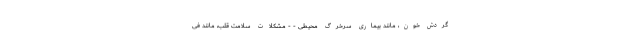
گردش خون، مانند بیماری سرخرگ محیطی - - مشکلات سلامت قلب، مانند فی